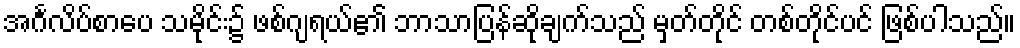
အင်္ဂလိပ်စာပေ သမိုင်း၌ ဖစ်ဂျရယ်၏ ဘာသာပြန်ဆိုချက်သည် မှတ်တိုင် တစ်တိုင်ပင် ဖြစ်ပါသည်။